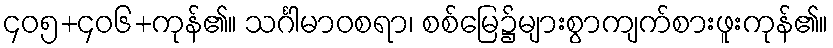
၄၀၅+၄၀၆+ကုန်၏။ သင်္ဂါမာဝစရာ၊ စစ်မြေ၌များစွာကျက်စားဖူးကုန်၏။